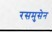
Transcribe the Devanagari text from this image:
रसमुसेन